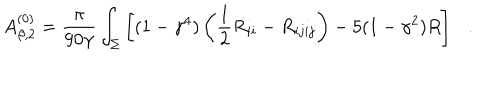
A _ { \beta , 2 } ^ { ( 0 ) } = { \frac { \pi } { 9 0 \gamma } } \int _ { \Sigma } \left[ ( 1 - \gamma ^ { 4 } ) \left( \frac 1 2 R _ { i i } - R _ { i j i j } \right) - 5 ( 1 - \gamma ^ { 2 } ) R \right] .